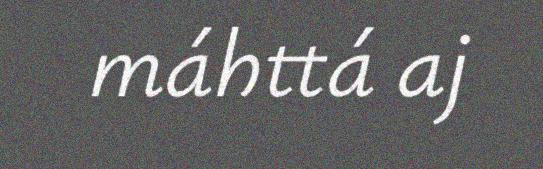
máhttá aj